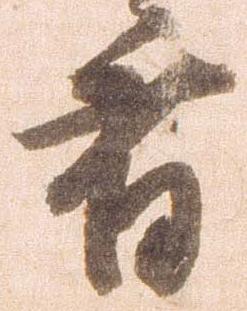
省